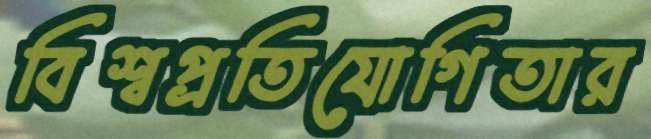
বিশ্বপ্রতিযোগিতার